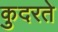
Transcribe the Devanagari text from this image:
कु़दरते